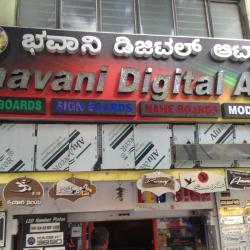
Language: kannada
Transcription: ಡಿಜಿಟೆಲ್ ಭವಾನಿ